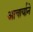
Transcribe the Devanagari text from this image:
आचार्याने